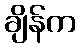
ချိန်က